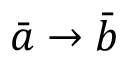
{ \bar { a } } \rightarrow { \bar { b } }